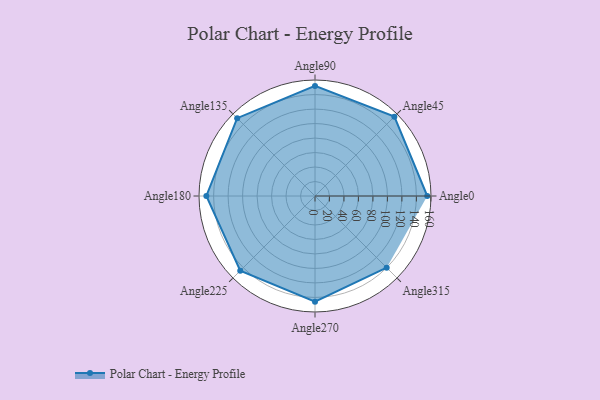
{"axis": {"x": "Angle", "y": "Radius"}, "legend": [""], "data": [{"x": "Angle0", "y": 155.0, "type": ""}, {"x": "Angle45", "y": 155.0, "type": ""}, {"x": "Angle90", "y": 152.0, "type": ""}, {"x": "Angle135", "y": 152.0, "type": ""}, {"x": "Angle180", "y": 150.0, "type": ""}, {"x": "Angle225", "y": 146.0, "type": ""}, {"x": "Angle270", "y": 146.0, "type": ""}, {"x": "Angle315", "y": 140.0, "type": ""}]}